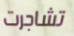
تشاجرت